Annual report of the Punjab Veterinary College and of the Civil Veterinary Department, Punjab - 1909-1919
Year: 1909
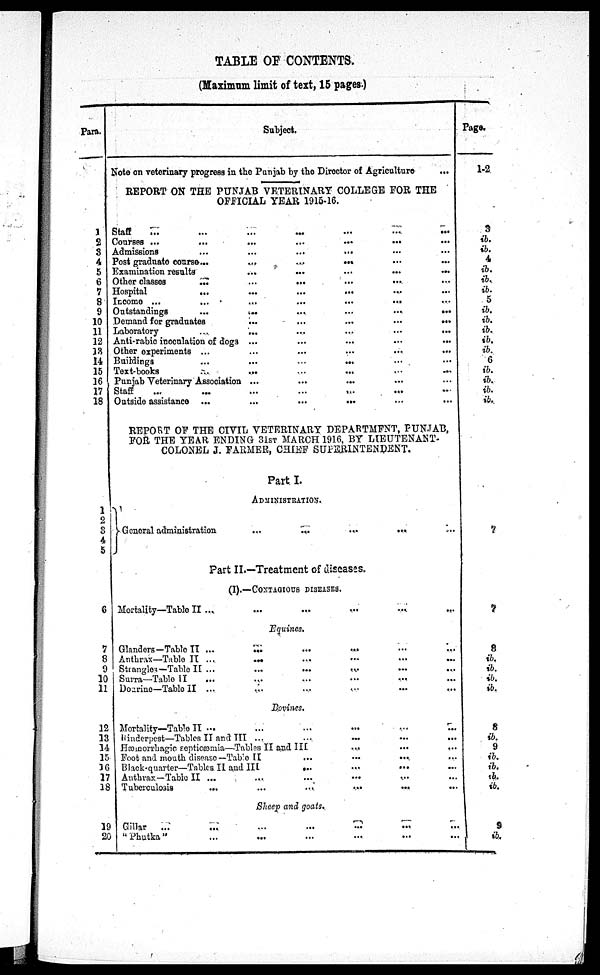
TABLE OF CONTENTS.
(Maximum limit of text, 15 pages.)
Para.
1
2
3
4
5
6
7
8
9
10
11
12
13
14
15
1C
17
18
1
2
3
4
5
6
7
8
9
10
11
12
13
14
15
16
17
18
19
20
Subject.
Note on veterinary progress in the Punjab by the Director of Agriculture
REPORT ON THE PUNJAB VETERINARY COLLEGE FOR THE
OFFICIAL YEAR 1915-16.
Staff
...
...
...
...
...
...
...
Conrses ...
...
...
...
...
...
...
Admissions ... ... ... ... ...
Post graduate course...
...
...
...
Examination results
...
...
...
...
...
Other classes ... ... ... .. ...
Hospital ... ... ...
Income ...
...
...
...
...
...
Outstandings
...
...
...
...
...
...
Demand for graduates
...
...
...
...
...
Laboratory
Anti-rabic inoculation of dogs ... .. ... ...
Othor oxperiments ... ... ...
Buildings
Text-books ... ... ...
Punjab Veterinary Association ...
Staff
...
...
...
...
...
Outsido assistance ...
...
...
...
REPORT OF THE CIVIL VETERINARY DEPARTMENT, PUNJAB,
FOR THE YEAR ENDING 31ST MARCH 1910, BY LIEUTENANT.
COLONEL J. FARMEK, CHIEF SUPERINTENDENT.
Part I.
ADMINISTRATION.
General administration
...
...
...
...
Part II.—Treatment of diseases.
(I).—CONTAGIOUB DISEASES.
Mortality—Table II ... ... ...
Equines.
Glanders—Table II ...
...
...
...
Anthrax—Table II ...
...
Strangles—Table II ... ... ... ...
Surra—Table II ... ...
Dozrino—Table 11 ... ... ...
Dovines.
Mortality—Table II ... ... ...
Rinderpest—Tables II and III ...
...
...
...
...
Hæmorrhagic septicæmia—Tables II and III
Foot and mouth disease—Table II
Black-quarter—Tables II and III
...
...
...
Authrax-Table II ... ...
Tuberculosis ... ... ...
Sheep and goats.
Cillar
... ... ... ...
"Phutka" ... ... ...
Page.
1-2
3
ib.
ib.
4
ib.
ib.
ib.
5
ib.
ib.
ib.
ib.
ib.
6
ib.
ib.
ib.
ib.
7
7
8
ib.
ib.
ib.
ib.
8
ib.
9
ib.
ib.
ib.
ib.
9
ib.